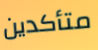
متأكدين